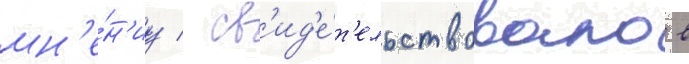
мн'е́н'иу / св'ид'е́т'ельствовало в